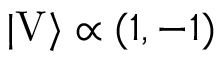
| \mathrm { V } \rangle \propto ( 1 , - 1 )